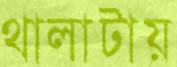
থালাটায়